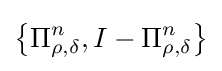
\left\{\Pi _{\rho ,\delta }^{n},I-\Pi _{\rho ,\delta }^{n}\right\}